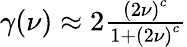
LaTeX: \begin{array}{r}{\gamma(\nu)\approx 2\frac{\left(2\nu\right)^{c}}{1+\left(2\nu\right)^{c}}}\end{array}